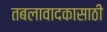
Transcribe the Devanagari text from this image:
तबलावादकासाठी